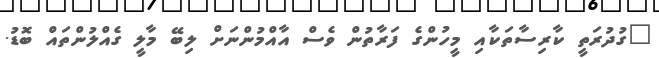
"ގުދުރަތީ ކާރިސާތަކާއި މީހުންގެ ފަރާތުން ވެސް އާއްމުންނަށް ލިބޭ މާލީ ގެއްލުންތައް ބޮޑު.